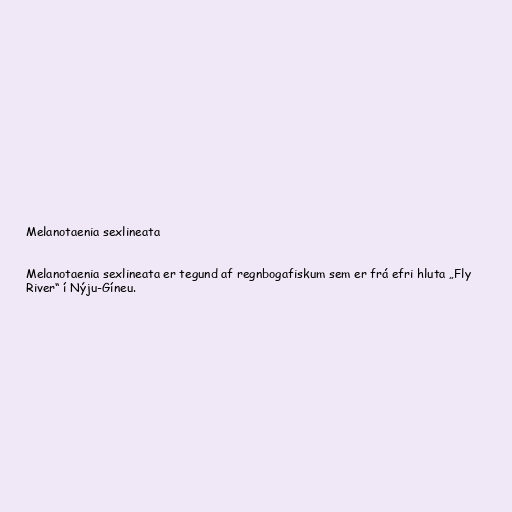
Melanotaenia sexlineata

Melanotaenia sexlineata er tegund af regnbogafiskum sem er frá efri hluta „Fly
River“ í Nýju-Gíneu.